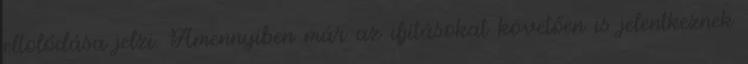
eltolódása jelzi. Amennyiben már az ifjításokat követően is jelentkeznek